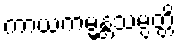
ကာယကမ္မန္တသမ္ပတ္တိ